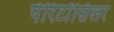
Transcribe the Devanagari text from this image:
पेरिटोंसिलर